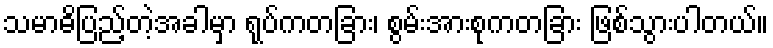
သမာဓိပြည့်တဲ့အခါမှာ ရုပ်ကတခြား၊ စွမ်းအားစုကတခြား ဖြစ်သွားပါတယ်။